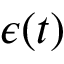
{ \epsilon } ( t )